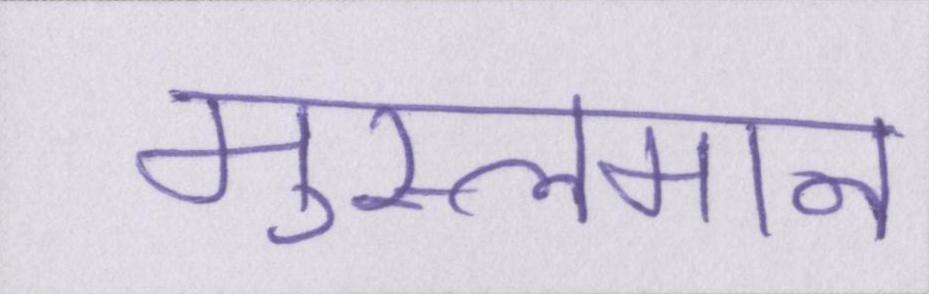
मुस्लमान